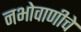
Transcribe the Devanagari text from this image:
नभोवाणीचे